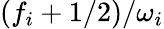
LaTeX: {(f_{i}+1/2)}/{\omega_{i}}